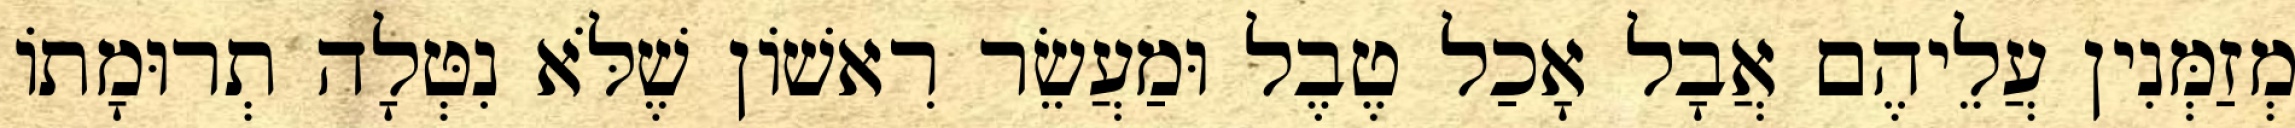
מְזַמְּנִין עֲלֵיהֶם אֲבָל אָכַל טֶבֶל וּמַעֲשֵׂר רִאשׁוֹן שֶׁלֹּא נִטְּלָה תְרוּמָתוֹ